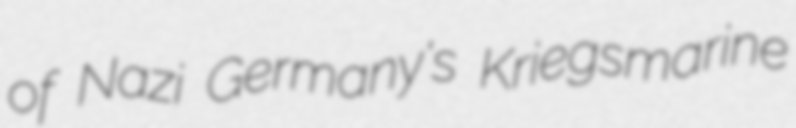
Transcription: of Nazi Germany's Kriegsmarine